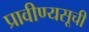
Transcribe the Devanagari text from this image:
प्रावीण्यसूची